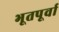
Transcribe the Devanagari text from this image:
भूतपूर्वा